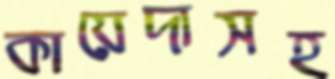
কায়েদাসহ